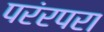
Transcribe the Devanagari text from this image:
परंरपरा